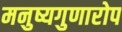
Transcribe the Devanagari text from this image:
मनुष्यगुणारोप